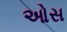
ઓસ